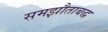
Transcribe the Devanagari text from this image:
समझौताबद्ध